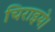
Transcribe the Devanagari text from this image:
चिराइये।